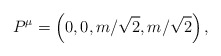
\begin{align*}P^{\mu} = \left(0, 0, m/\sqrt{2}, m/\sqrt{2}\right) ,\end{align*}